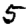
Digit: 5